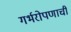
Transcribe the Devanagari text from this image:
गर्भरोपणाची